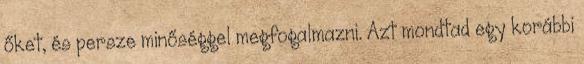
őket, és persze minőséggel megfogalmazni. Azt mondtad egy korábbi